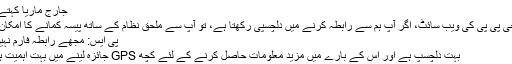
جارج ماریا کہتے ہیں:
نئی جی پی پی کی ویب سائٹ، اگر آپ ہم سے رابطہ کرنے میں دلچسپی رکھتا ہے، تو آپ سے ملحق نظام کے ساتھ پیسہ کمانے کا امکان ہے،
پی ایس: مجھے رابطہ فارم نہیں ملا
بہت دلچسپ ہے اور اس کے بارے میں مزید معلومات حاصل کرنے کے لئے کچھ GPS جائزہ لینے میں بہت اہمیت ہوگی.